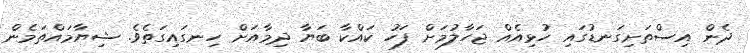
ދެން އިސްތަށިގަނޑުގައި ހުޅިއެއް ޖަހާލުމަށް ފަހު ކައްކާ ބަޔާ ދިމާއަށް ހިނގައިގަތެވެ. ޝިޔާމައްތަމެން